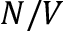
N / V